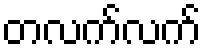
တလက်လက်